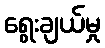
ရွေးချယ်မှု